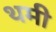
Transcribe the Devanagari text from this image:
थमी